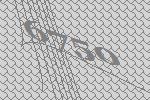
6750